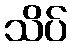
သိပ်